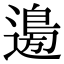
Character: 𮞽